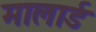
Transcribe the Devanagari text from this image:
मालार्ड